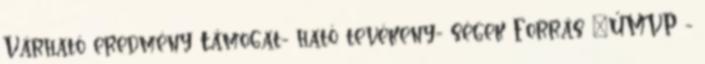
Várható eredmény Támogat- ható tevékeny- ségek Forrás ▪ÚMVP -